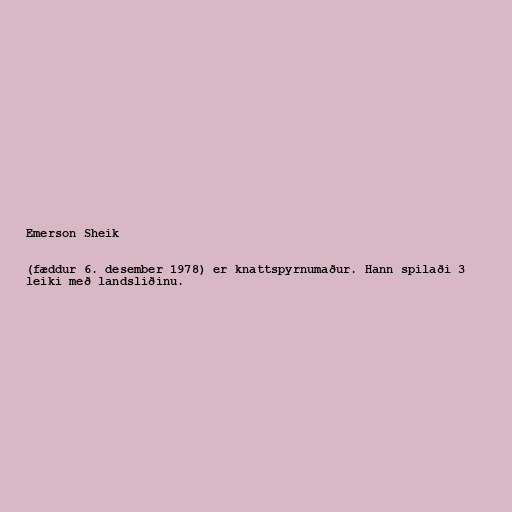
Emerson Sheik

(fæddur 6. desember 1978) er knattspyrnumaður. Hann spilaði 3
leiki með landsliðinu.